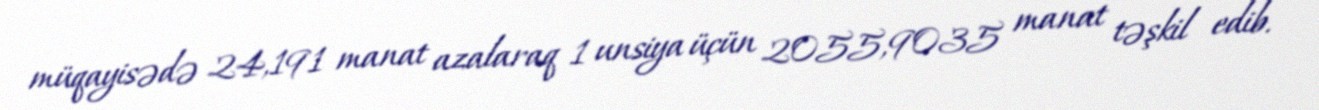
müqayisədə 24,191 manat azalaraq 1 unsiya üçün 2055,9035 manat təşkil edib.